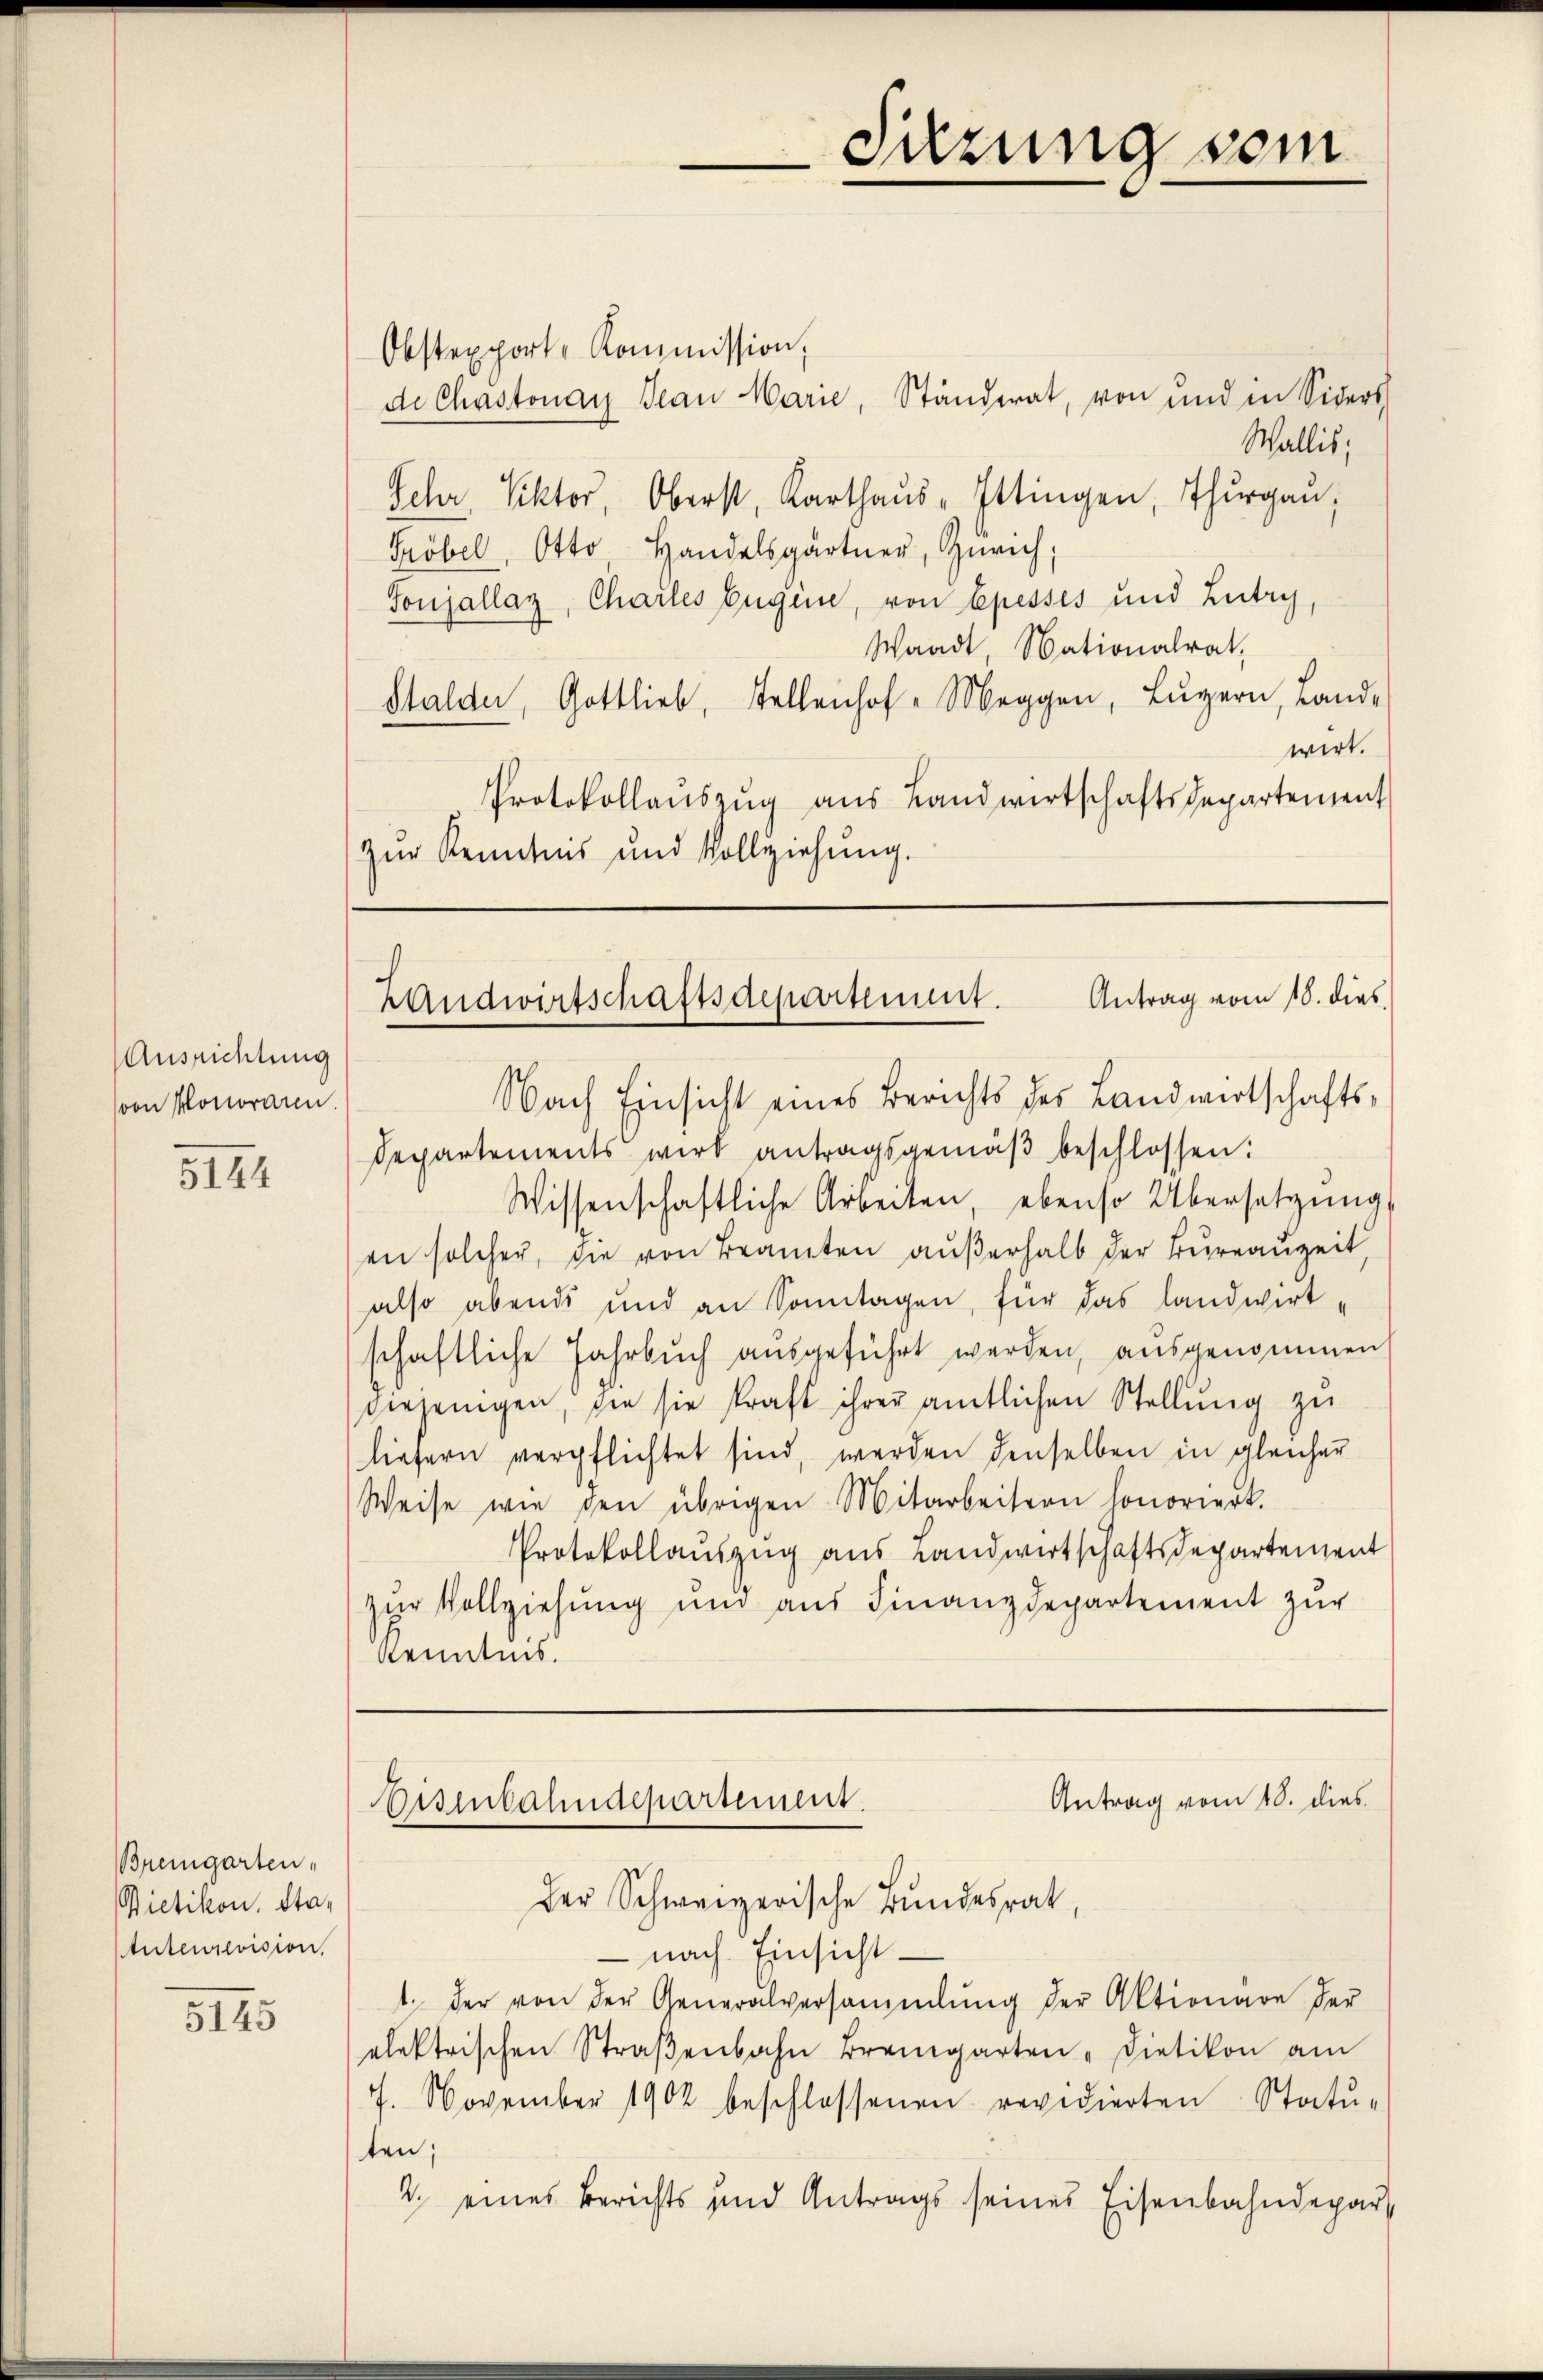
Ausrichtung
(von Honoraren

5144

5145

Bremgarten,
Bietikon, Stanteurevision.

Antrag vom 18. dies
Landwirtschaftsdepartement.

Antrag vom 18. dies
Eisenbahndepartement.
Der Schweizerische Bundesrat,

Sitzung vom

Obstexport-Kommission,
de Chastonay Jean Marie, Ständerat, von und in Siders
Wallis,
Sehr Viktor, Oberst, Karthaus - Ettingen, Thurgau,
Gröbel, Otto, Handelsgärtner, Zürich,
Tonjallaz, Chartes Eugene, von Epesses und Lutry,
Waadt Nationalrat,
Stalder, Gottlieb, Stellenhof Meggen, Luzern, Land-
wirt.
Protokollauszug aus Landwirtschaftsdepartement
zur Kenntnis und Vollziehung.

Nach Einsicht eines Berichts des Landwirtschafts¬
Departements wird antragsgemäβ beschlossen:
Wissenschaftliche Arbeiten, ebenso Übersetzŭng
en solcher, die von Beamten außerhalb der Bureauzeit,
also abends und an Sonntagen, für das landwirt-
schaftliche Jahrbuch ausgeführt werden, ausgenommen
verjenigen, sie sie kraft ihrer amtlichen Stellŭng zu
liefern verpflichtet sind, werden denselben in gleicher
Weise wie den übrigen Mitarbeitern honoriert.
Protokollauszug aus Landwirtschaftsdepartement
zur Vollziehung und aus Finanzdepartement zur
Kenntnis.

nach Einsicht
ten;
2. eines Berichts und Antrags seines Eisenbahndepar¬

1. Der von der Generalversammlung der Aktionare der
elektrischen Straβenbahn Bremgarten - Dietikon am
7. November 1902 beschlossenen revidierten Statŭ-